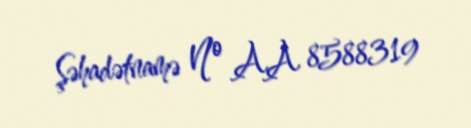
Şəhadətnamə № AA 8588319